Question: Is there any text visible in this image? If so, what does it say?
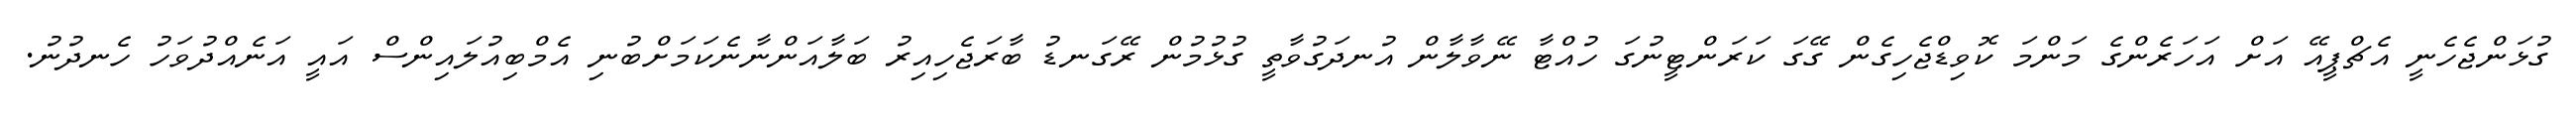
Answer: ގުޅަންޖެހެނީ އެޗްޕީއޭ އަށް އަހަރެންގެ މަންމަ ކޮވިޑްޖެހިގެން ގޭގަ ކަރަންޓީނުގަ ހުއްޓާ ނޭވާލާން އުނދަގުވާތީ ގުޅުމުން ރޭގަނޑު ބާރަޖެހިއިރު ބަލާއަންނާނެކަމަށްބުނި އެމްބިއުލައިންސް އައީ އަނެއްދުވަހު ހެނދުނު.